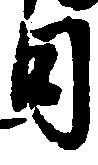
日